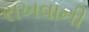
રાખવાની